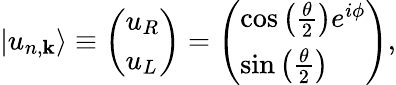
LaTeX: |u_{n,\mathbf{k}}\rangle\equiv\left(\begin{array}{l}{u_{R}}\\ {u_{L}}\end{array}\right)=\left(\begin{array}{l}{\cos\left(\frac{\theta}{2}\right)e^{i\phi}}\\ {\sin\left(\frac{\theta}{2}\right)}\end{array}\right),